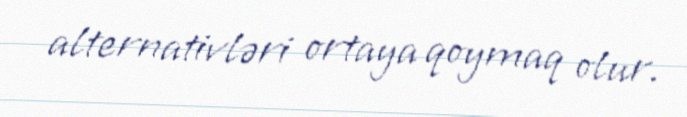
alternativləri ortaya qoymaq olur.